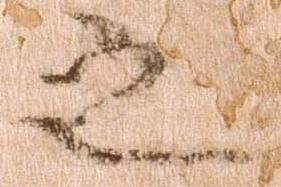
之